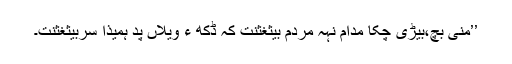
’’منی بچ،بیڑی چکا مدام نہہ مردم بیثغثنت کہ ڈکھ ءُُ ویلاں پد ہمیذا سربیثغثنت۔